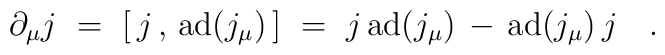
\partial_\mu j~=~[ \, j \, , \, \mbox{ad}(j_\mu) \, ]               ~=~j \, \mbox{ad}(j_\mu) \, - \, \mbox{ad}(j_\mu) \, j~~~.